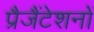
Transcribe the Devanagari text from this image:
प्रैजैंटेशनों